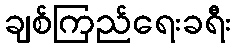
ချစ်ကြည်ရေးခရီး